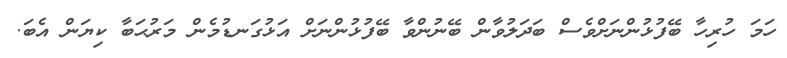
ހަމަ ހުރިހާ ބޭފުޅުންނަށްވެސް ބަދަލުވާން ބޭނުންވާ ބޭފުޅުންނަށް އަޅުގަނޑުމެން މަރުޙަބާ ކިޔަން އެބަ.